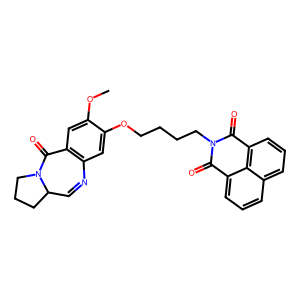
SMILES: COc1cc2c(cc1OCCCCN1C(=O)c3cccc4cccc(c34)C1=O)N=CC1CCCN1C2=O
Inhibits HIV replication: No